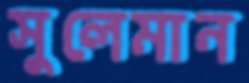
সুলেমান